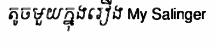
តូចមួយក្នុងរឿង My Salinger